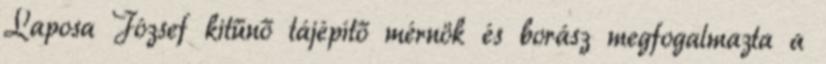
Laposa József kitűnő tájépítő mérnök és borász megfogalmazta a